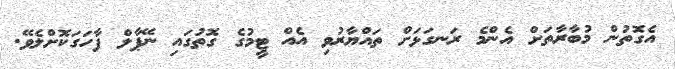
އެގޮތުން މުބާރާތަށް އެންމެ ރަނގަޅަށް ތައްޔާރުވި އެއް ޓީމުގެ ގޮތުގައި ނޭޕާލް ފާހަގަކޮށްލެވޭ.